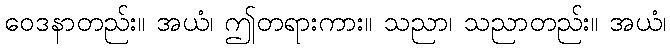
ဝေဒနာတည်း။ အယံ၊ ဤတရားကား။ သညာ၊ သညာတည်း။ အယံ၊